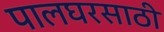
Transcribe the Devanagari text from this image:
पालघरसाठी